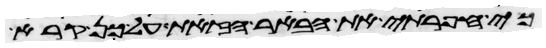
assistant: כי חפרתי את הבאר הזאת על כן קרא